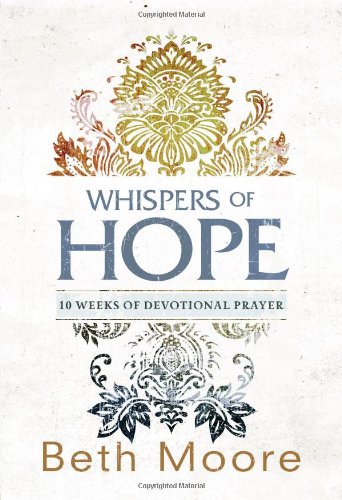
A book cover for Whispers of Hope: 10 Weeks of Devotional Prayer; Beth Moore; Christian Books & Bibles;